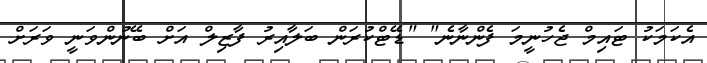
އެކަމަކު ޓައިމް ޖެހުނީމަ ފެންނާނެ" "ޑޭޓްކުރަން ބަލާއިރު ފާޒިލް އަށް ބޭނުންވަނީ ވަރަށް